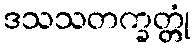
ဒသသတက္ခတ္တုံ